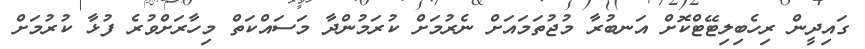
ގައިދީން ރިހެބިލިޓޭޓްކޮށް އަނބުރާ މުޖުތަމައަށް ނެރުމަށް ކުރަމުންދާ މަސައްކަތް މިހާރަށްވުރެ ފުޅާ ކުރުމަށް